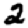
Digit: 2